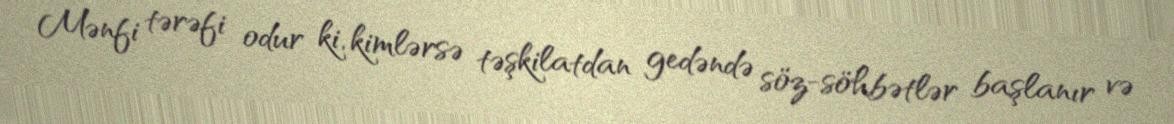
Mənfi tərəfi odur ki, kimlərsə təşkilatdan gedəndə söz-söhbətlər başlanır və